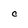
Character: C